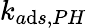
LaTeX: k_{a\mathrm{d}s,PH}